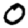
Digit: 0